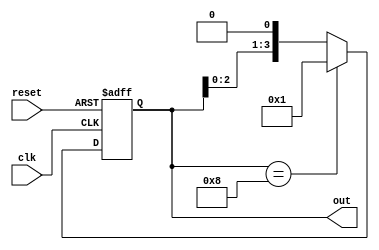
module ring_counter(
    input wire clk,
    input wire reset,
    output reg [3:0] out
);

reg [3:0] state;

always @(posedge clk or posedge reset) begin
    if (reset) begin
        state <= 4'b0001; // initial state
    end else begin
        state <= state << 1; // shift left
        if (state == 4'b1000) begin
            state <= 4'b0001; // loop back to first state
        end
    end
end

assign out = state;

endmodule